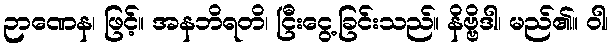
ဉာဏေန၊ ဖြင့်။ အနဘိရတိ၊ ငြီးငွေ့ခြင်းသည်။ နိဗ္ဗိဒါ၊ မည်၏။ ဝါ၊